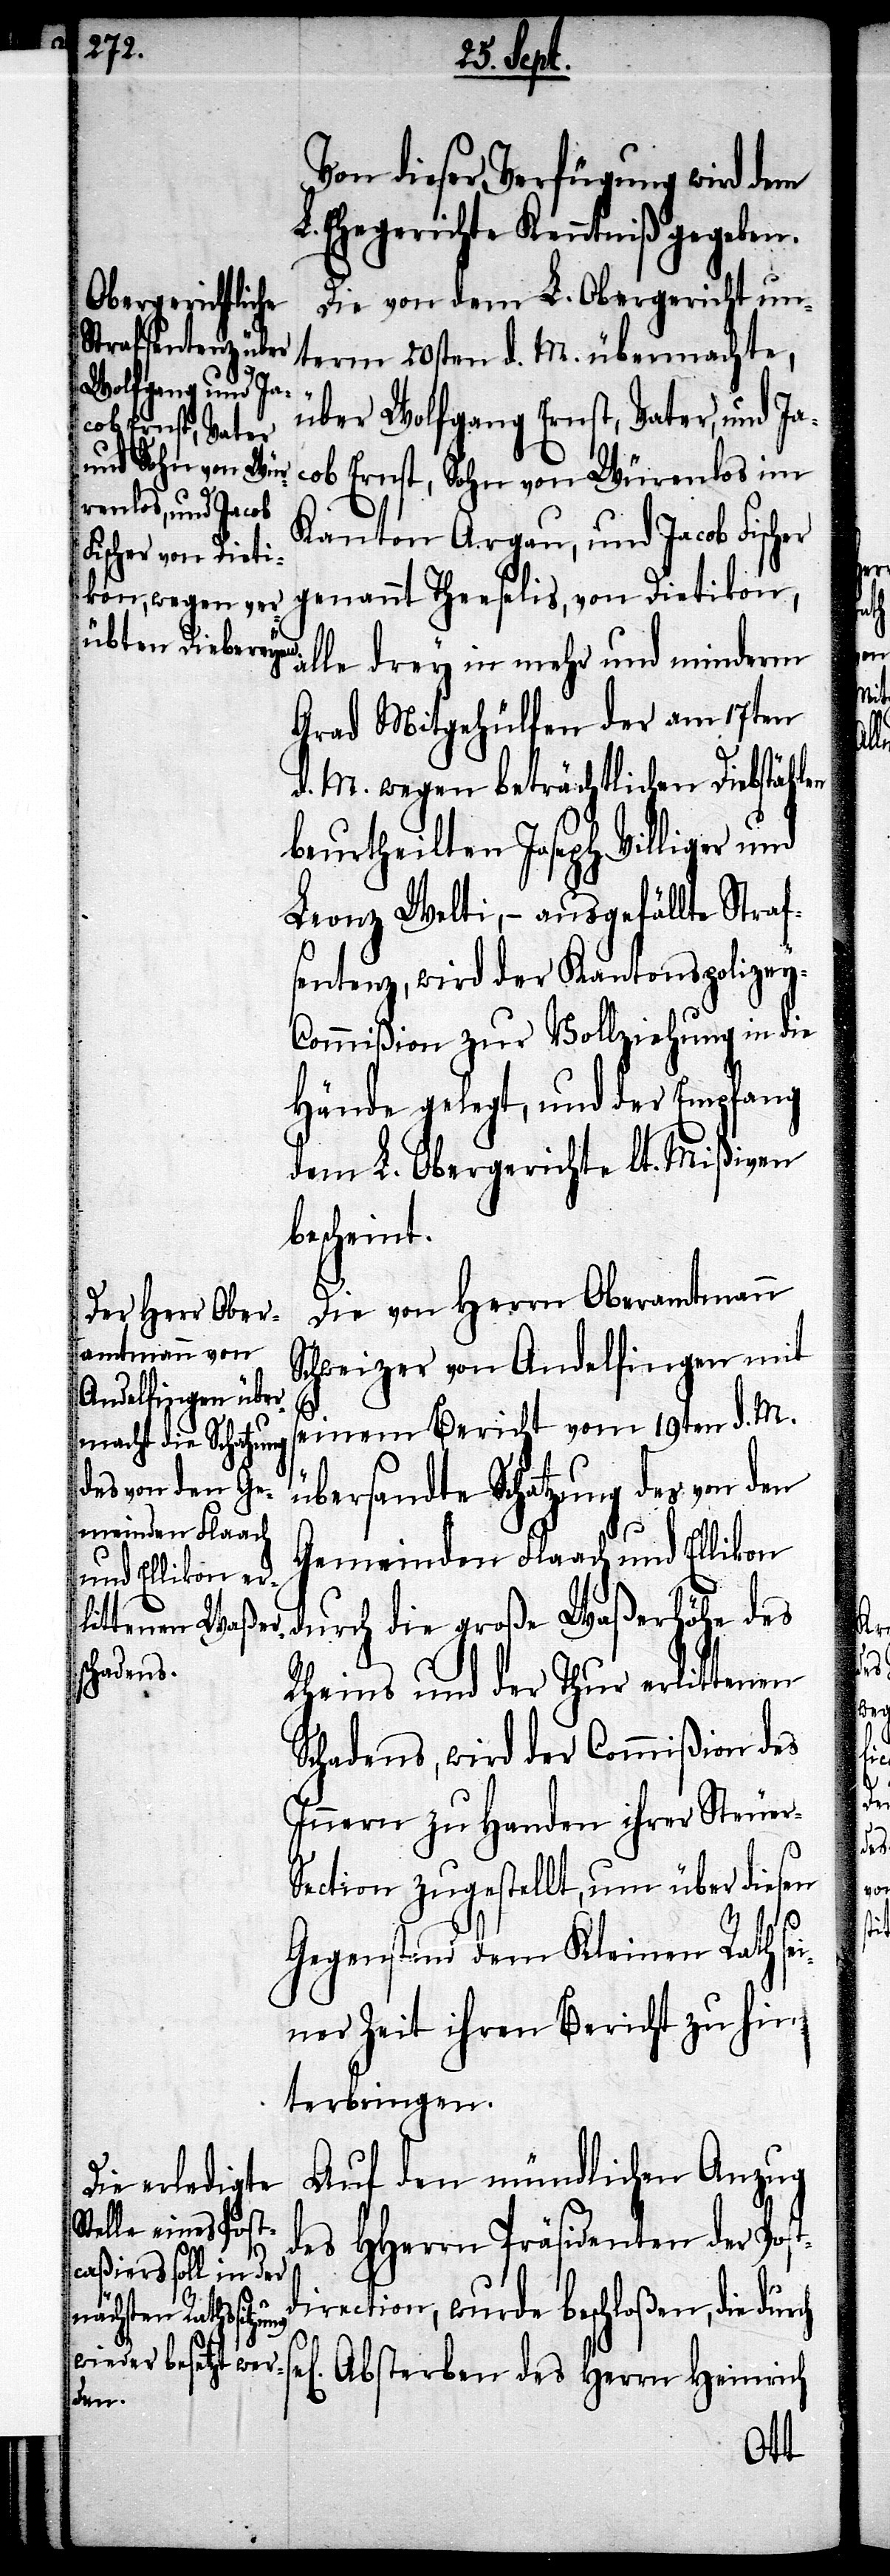
y-C¬
Von dieser Verfügung wird dem
L. Ehegerichte Kenntniß gegeben.
Die von dem L. Obergericht un¬
term 20sten d. M. übermachte,
r-S¬
über Wolfgang Ernst, Vater, und Ja¬
cob Ernst, Sohn von Würenlos im
Kanton Argau, und Jacob Fischer
genannt Theeselis, von Dietikon,
alle drey in mehr und minderm
Grad Mitgehülfen der am 17ten
d. M. wegen beträchtlichen Diebstählen
beurtheilten Joseph Villiger und
Leonz Welti, – ausgefällte Straf¬
sentenz, wird der Kantonspolize¬
ommißion zur Vollziehung in die
Hände gelegt, und der Empfang
dem L. Obergerichte lt. Mißiven
bescheint.
Die von Herrn Oberamtmann
Schweizer von Andelfingen mit
seinem Bericht vom 19ten d. M.
übersandte Schatzung des von den
Gemeinden Flaach und Ellikon
durch die große Waßerhöhe des
Rheins und der Thur erlittenen
Schadens, wird der Commißion des
Innern zu Handen ihrer Steue¬
ection zugestellt, um über diesen
Gegenstand dem Kleinen Rath se¬
iner Zeit ihren Bericht zu hin¬
terbringen.
Auf den mündlichen Anzug
des HHerrn Präsidenten der Post¬
direction, wurde beschloßen, die du¬
rch sel[iges] Absterben des Herrn Heinrich